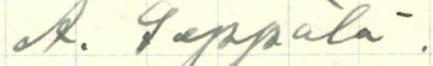
A. Seppälä